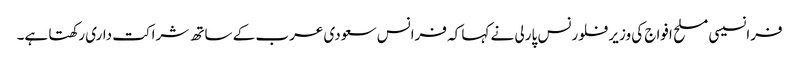
فرانسیسی مسلح افواج کی وزیر فلورنس پارلی نے کہا کہ فرانس سعودی عرب کے ساتھ شراکت داری رکھتا ہے۔